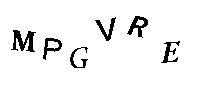
MPGVRE